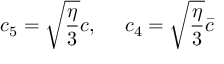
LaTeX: c _ { 5 } = \sqrt { \frac { \eta } { 3 } } c , \ \ \ \ c _ { 4 } = \sqrt { \frac { \eta } { 3 } } \bar { c }